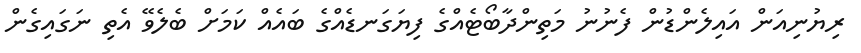
ރިޔުނިއަން އައިލެންޑުން ފެނުނު މަތިންދާބޯޓެއްގެ ފިޔަގަނޑެއްގެ ބައެއް ކަމަށް ބެލެވޭ އެތި ނަގައިގެން